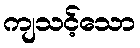
ကျသင့်သော